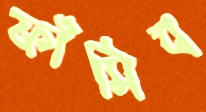
ফাঁসিব